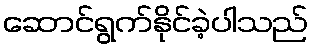
ဆောင်ရွက်နိုင်ခဲ့ပါသည်